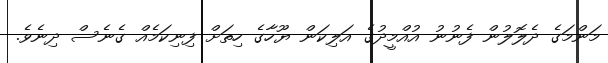
މަންމަގެ ދެލޮލުން ފެނުނު އުއްމީދުގެ އަލިކަން ޔޫހާގެ ހިތަށް ފިނިކަމެއް ގެނެސް ދިނެވެ.